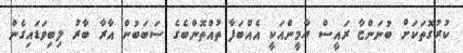
ކުރުގޮތަކަށް ބުނަންޏާ ރައީސް ޔާމީންއަކީ އެއްބަފާ ތުއްތޮންބެގެ ސަބަބުން އާރާ ބާރު ލިބިވަޑައިގެން